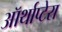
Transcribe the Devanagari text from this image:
ऑर्थाप्टेरा